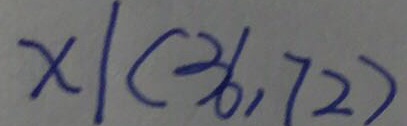
x \vert ( 3 6 , 7 2 )